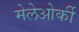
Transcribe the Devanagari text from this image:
मेलेओर्की